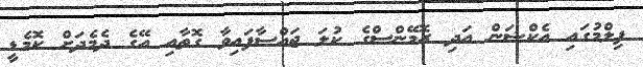
ފިލްމުގައި އެކްޝަން އަދި ރޮމޭންސްގެ ކުލަ ޖައްސާފައިވާ ގޮތާއި އޭގެ ދެމެދަށް ކޮމެޑީ